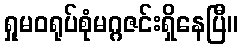
ရှုမဝရုပ်စုံမဂ္ဂဇင်းရှိနေပြီ။